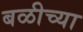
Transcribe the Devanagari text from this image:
बळीच्या